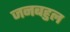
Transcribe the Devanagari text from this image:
जनबहुल